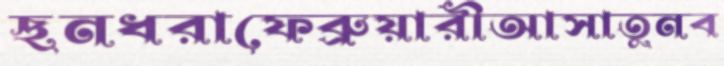
ছনধরাফেব্রুয়ারীআসাতুনব